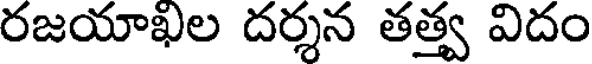
రజయాఖల దర్శన తత్త్వ విదం